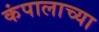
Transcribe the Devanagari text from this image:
कंपालाच्या